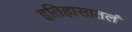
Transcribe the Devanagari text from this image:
इतिहासातलं